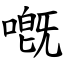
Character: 嘅